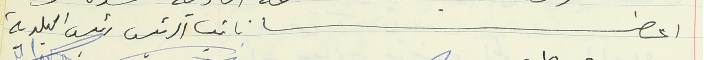
اعضاء نائب الرئيس رئيس البلدية